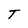
Character: T